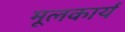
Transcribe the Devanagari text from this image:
मूलकार्य